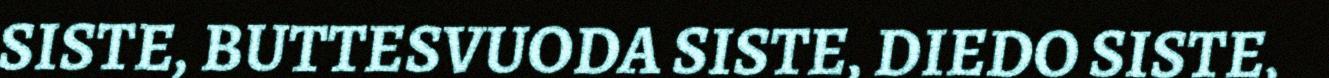
SISTE, BUTTESVUODA SISTE, DIEDO SISTE,